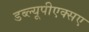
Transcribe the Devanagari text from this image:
डब्ल्यूपीएक्सए